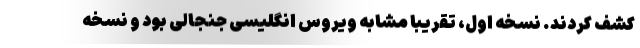
کشف کردند. نسخه اول، تقریبا مشابه ویروس انگلیسی جنجالی بود و نسخه